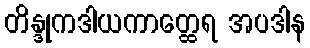
တိန္ဒုကဒါယကာတ္ထေရ အပဒါန